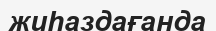
жиһаздағанда